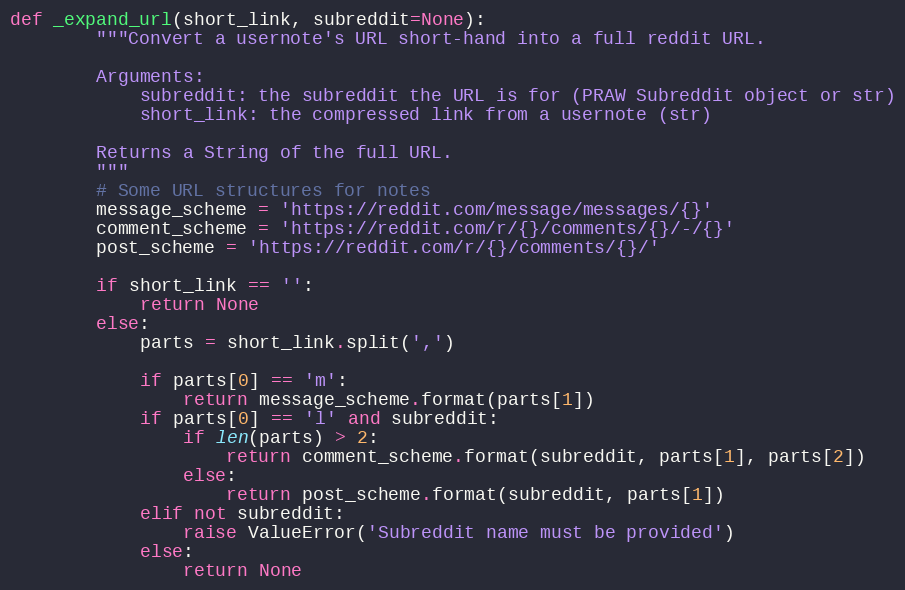
Language: Python
def _expand_url(short_link, subreddit=None):
        """Convert a usernote's URL short-hand into a full reddit URL.

        Arguments:
            subreddit: the subreddit the URL is for (PRAW Subreddit object or str)
            short_link: the compressed link from a usernote (str)

        Returns a String of the full URL.
        """
        # Some URL structures for notes
        message_scheme = 'https://reddit.com/message/messages/{}'
        comment_scheme = 'https://reddit.com/r/{}/comments/{}/-/{}'
        post_scheme = 'https://reddit.com/r/{}/comments/{}/'

        if short_link == '':
            return None
        else:
            parts = short_link.split(',')

            if parts[0] == 'm':
                return message_scheme.format(parts[1])
            if parts[0] == 'l' and subreddit:
                if len(parts) > 2:
                    return comment_scheme.format(subreddit, parts[1], parts[2])
                else:
                    return post_scheme.format(subreddit, parts[1])
            elif not subreddit:
                raise ValueError('Subreddit name must be provided')
            else:
                return None